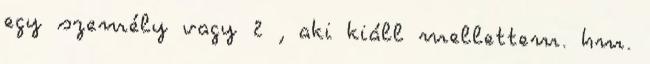
egy személy vagy 2 , aki kiáll mellettem. hm.